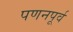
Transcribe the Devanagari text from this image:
पणनपूर्व